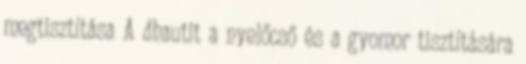
megtisztítása A dhautit a nyelőcső és a gyomor tisztítására